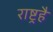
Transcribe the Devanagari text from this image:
राष्ट्रहै